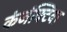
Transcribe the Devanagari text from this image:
कंजंक्टिवा